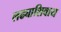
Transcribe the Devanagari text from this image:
लढ्याशिवाय